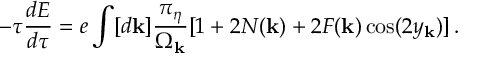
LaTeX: - \tau { \frac { d E } { d \tau } } = e \int [ d { \bf k } ] \frac { \pi _ { \eta } } { \Omega _ { \bf k } } [ 1 + 2 N ( { \bf k } ) + 2 F ( { \bf k } ) \cos ( 2 y _ { \bf k } ) ] \, .